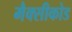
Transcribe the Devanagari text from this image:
मैक्सीकोड